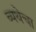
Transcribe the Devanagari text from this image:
व्यथेचा